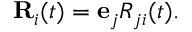
\begin{array} { r } { { \bf R } _ { i } ( t ) = { \bf e } _ { j } R _ { j i } ( t ) . } \end{array}